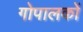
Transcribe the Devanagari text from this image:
गोपालकों